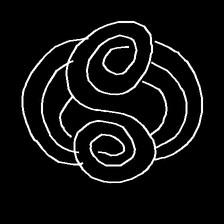
Glyph: wind-underfoot